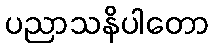
ပညာသနိပါတော